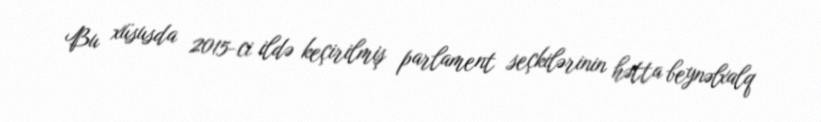
Bu xüsusda 2015-ci ildə keçirilmiş parlament seçkilərinin hətta beynəlxalq